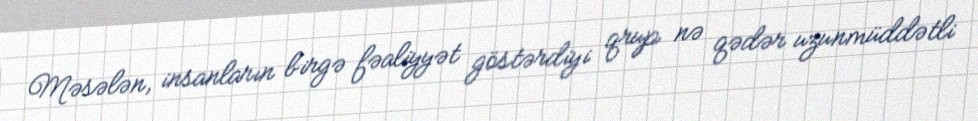
Məsələn, insanların birgə fəaliyyət göstərdiyi qrup nə qədər uzunmüddətli